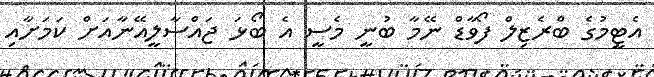
އެޓީމުގެ ބްރެޒިލް ފޯވާޑް ނޭމާ ބުނީ މެސީ އެ ބޯޅަ ޖައްސާލީއޭނާއަށް ކަމަށާއި